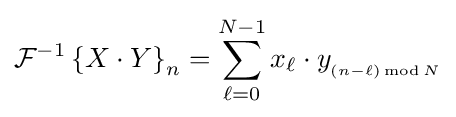
{\mathcal {F}}^{-1}\left\{X\cdot Y\right\}_{n}=\sum _{\ell =0}^{N-1}x_{\ell }\cdot y_{_{(n-\ell )\operatorname {mod} N}}